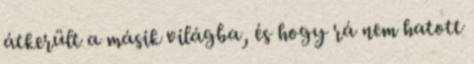
átkerült a másik világba, és hogy rá nem hatott